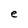
Character: e